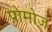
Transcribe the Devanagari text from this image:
प्रोमोज़